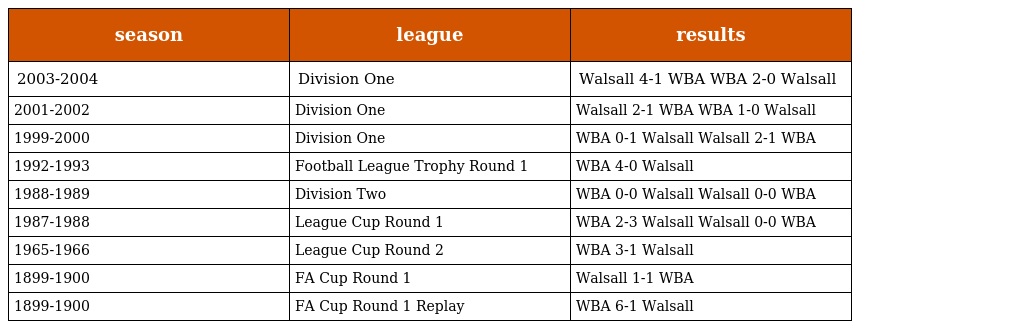
| season | league | results |
 | --- | --- | --- |
 | 2003-2004 | Division One | Walsall 4-1 WBA WBA 2-0 Walsall |
 | 2001-2002 | Division One | Walsall 2-1 WBA WBA 1-0 Walsall |
 | 1999-2000 | Division One | WBA 0-1 Walsall Walsall 2-1 WBA |
 | 1992-1993 | Football League Trophy Round 1 | WBA 4-0 Walsall |
 | 1988-1989 | Division Two | WBA 0-0 Walsall Walsall 0-0 WBA |
 | 1987-1988 | League Cup Round 1 | WBA 2-3 Walsall Walsall 0-0 WBA |
 | 1965-1966 | League Cup Round 2 | WBA 3-1 Walsall |
 | 1899-1900 | FA Cup Round 1 | Walsall 1-1 WBA |
 | 1899-1900 | FA Cup Round 1 Replay | WBA 6-1 Walsall |